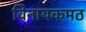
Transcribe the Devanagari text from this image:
विनायकमठ